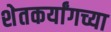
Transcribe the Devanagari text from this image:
शेतकर्यांगच्या